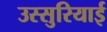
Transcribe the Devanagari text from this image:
उस्सुरियाई